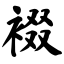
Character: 裰